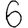
Digit: 6